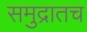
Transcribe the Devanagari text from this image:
समुद्रातच